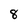
Character: 8